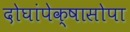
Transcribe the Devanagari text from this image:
दोघांपेक्षासोपा